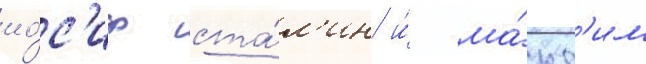
ио́с'иф ста́л'ин и́ ма́кс'им